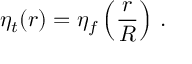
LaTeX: \eta _ { t } ( r ) = \eta _ { f } \left( { \frac { r } { R } } \right) \, .